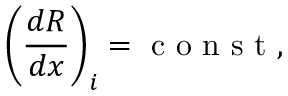
\left( \frac { d R } { d x } \right) _ { i } = \mathrm { ~ c ~ o ~ n ~ s ~ t ~ } ,